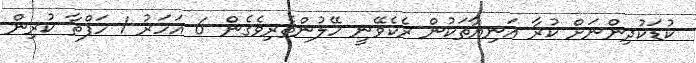
ކުޑަކުދިންނަށް ކުރާ އަނިޔާތަކުން ރެކެވޭނީ ހޭލުންތެރިވެގެން 6 އަހަރު 1 ހަފްތާ ކުރިން